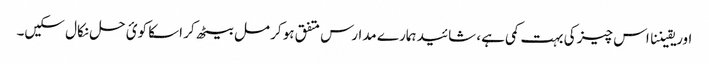
اور یقیننا اس چیز کی بہت کمی ہے، شائید ہمارے مدارس متفق ہو کر مل بیٹھ کر اسکا کوئ حل نکال سکیں۔